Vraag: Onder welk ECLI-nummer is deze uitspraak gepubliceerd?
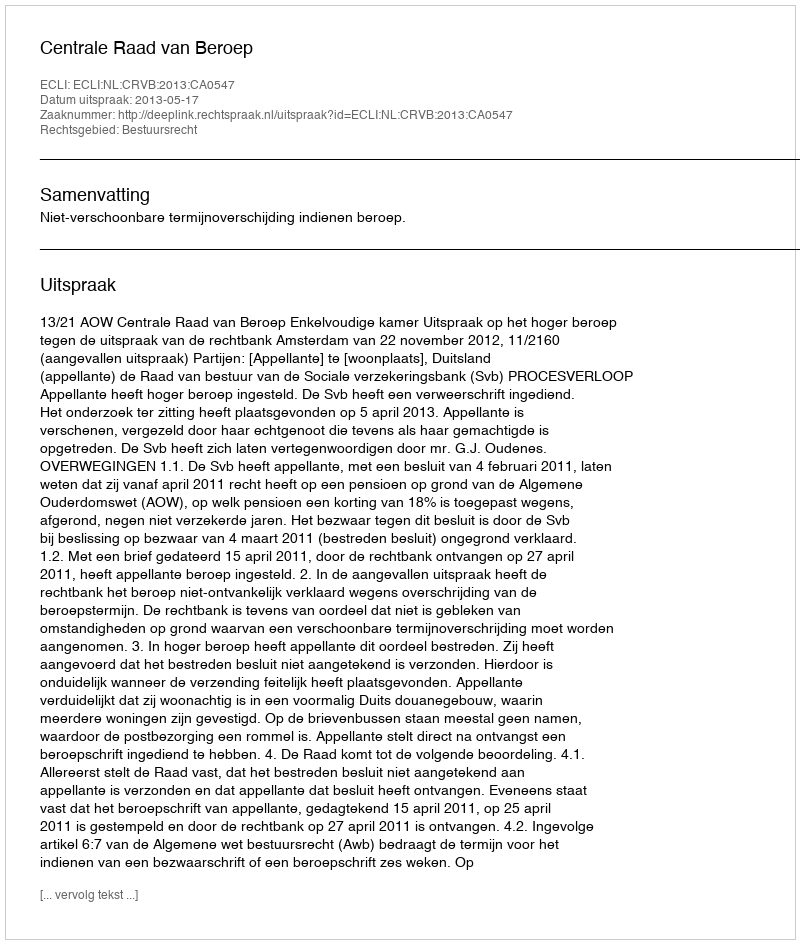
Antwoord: ECLI:NL:CRVB:2013:CA0547